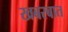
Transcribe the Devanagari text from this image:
खबरबात